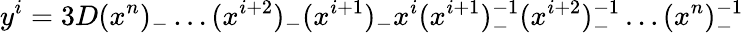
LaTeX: y^{i}=3D(x^{n})_{-}\ldots(x^{i+2})_{-}(x^{i+1})_{-}x^{i}(x^{i+1})_{-}^{-1}(x^{i+2})_{-}^{-1}\ldots(x^{n})_{-}^{-1}